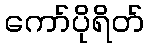
ကော်ပိုရိတ်